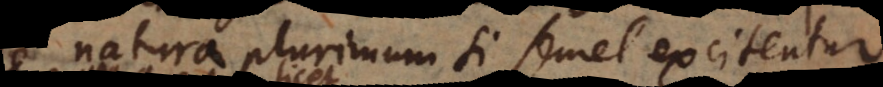
natura plurimum si semel excitentur